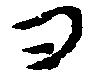
ヨ